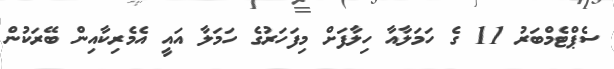
ސެޕްޓެމްބަރު 11 ގެ ހަމަލާއާ ހިލާފަށް މިފަހަރުގެ ހަމަލާ އައީ އެމެރިކާއިން ބޭރަކުން